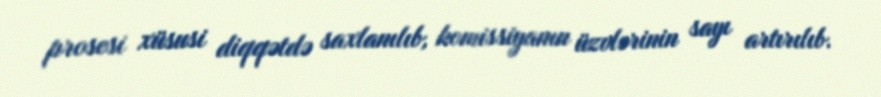
prosesi xüsusi diqqətdə saxlanılıb, komissiyanın üzvlərinin sayı artırılıb.